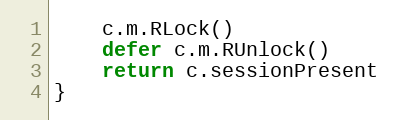
Language: Go
	c.m.RLock()
	defer c.m.RUnlock()
	return c.sessionPresent
}